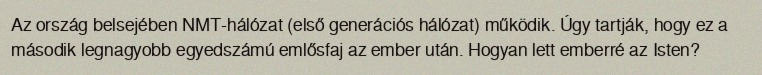
Az ország belsejében NMT-hálózat (első generációs hálózat) működik. Úgy tartják, hogy ez a második legnagyobb egyedszámú emlősfaj az ember után. Hogyan lett emberré az Isten?